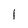
Character: I